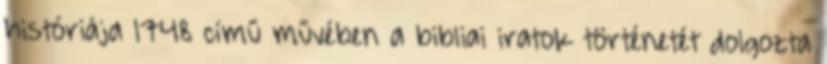
históriája 1748 című művében a bibliai iratok történetét dolgozta